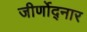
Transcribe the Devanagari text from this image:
जीर्णोद्नार